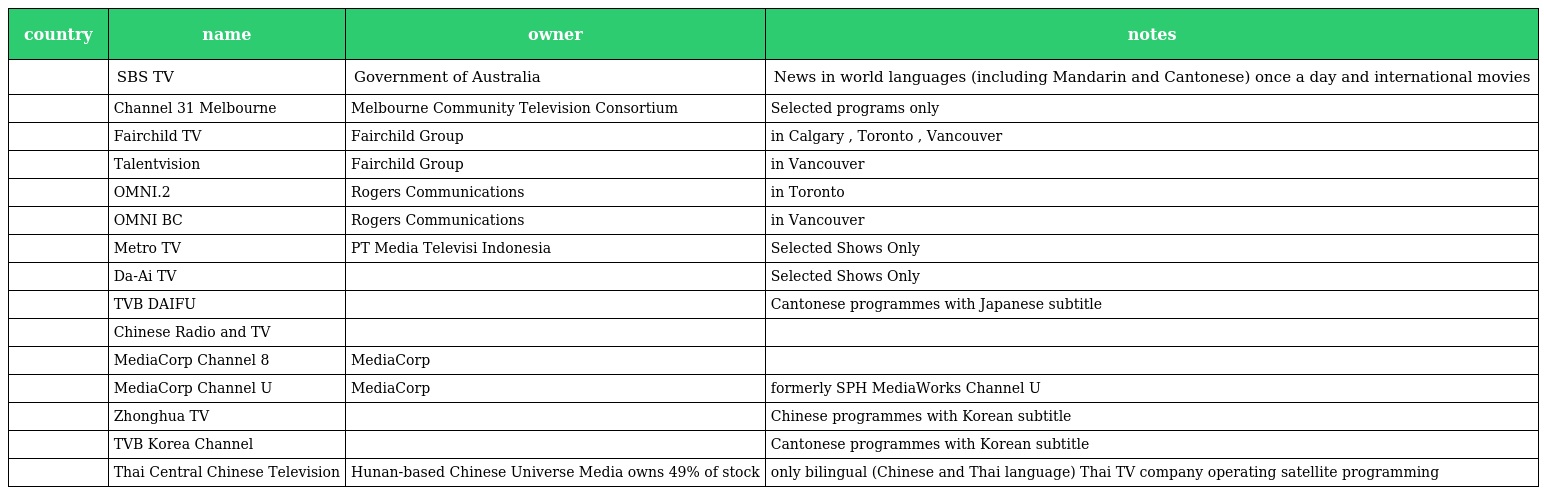
| country | name | owner | notes |
 | --- | --- | --- | --- |
 |  | SBS TV | Government of Australia | News in world languages (including Mandarin and Cantonese) once a day and international movies |
 |  | Channel 31 Melbourne | Melbourne Community Television Consortium | Selected programs only |
 |  | Fairchild TV | Fairchild Group | in Calgary , Toronto , Vancouver |
 |  | Talentvision | Fairchild Group | in Vancouver |
 |  | OMNI.2 | Rogers Communications | in Toronto |
 |  | OMNI BC | Rogers Communications | in Vancouver |
 |  | Metro TV | PT Media Televisi Indonesia | Selected Shows Only |
 |  | Da-Ai TV |  | Selected Shows Only |
 |  | TVB DAIFU |  | Cantonese programmes with Japanese subtitle |
 |  | Chinese Radio and TV |  |  |
 |  | MediaCorp Channel 8 | MediaCorp |  |
 |  | MediaCorp Channel U | MediaCorp | formerly SPH MediaWorks Channel U |
 |  | Zhonghua TV |  | Chinese programmes with Korean subtitle |
 |  | TVB Korea Channel |  | Cantonese programmes with Korean subtitle |
 |  | Thai Central Chinese Television | Hunan-based Chinese Universe Media owns 49% of stock | only bilingual (Chinese and Thai language) Thai TV company operating satellite programming |